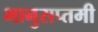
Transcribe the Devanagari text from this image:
भानुसप्तमी